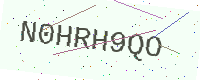
Text: N0HRH9QO